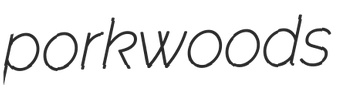
porkwoods